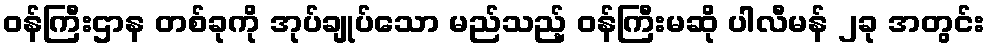
ဝန်ကြီးဌာန တစ်ခုကို အုပ်ချုပ်သော မည်သည့် ဝန်ကြီးမဆို ပါလီမန် ၂ခု အတွင်း